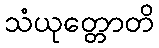
သံယုတ္တောတိ